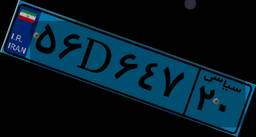
۵۶D۶۴۷۲۰